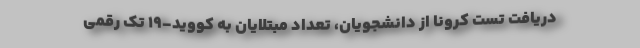
دریافت تست کرونا از دانشجویان، تعداد مبتلایان به کووید-۱۹ تک رقمی